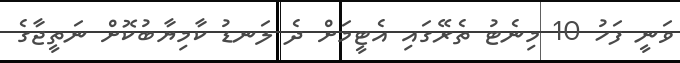
ވަނީ ފަހު 10 މިނެޓު ތެރޭގައި އެޓީމަށް ދެ ލަނޑު ކާމިޔާބުކޮށް ނަތީޖާގެ